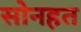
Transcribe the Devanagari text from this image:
सोनहत